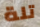
تلة